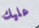
عليك